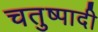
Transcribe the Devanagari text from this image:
चतुष्पादी